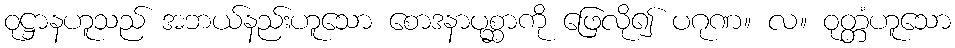
ဝုဋ္ဌာနဟူသည် အဘယ်နည်းဟူသော စောဒနာပုစ္ဆာကို ဖြေလို၍ ပဂုဏ။ လ။ ဝုတ္တံဟူသော